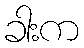
ခါးက